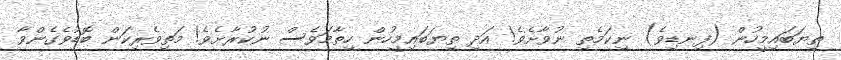
ތިޔަބައިމީހުން (ފިނޑިވެ) ނިކަމެތި ނުވާށެވެ! އަދި ތިޔަބައިމީހުން ހިތާމަވެސް ނުކުރާށެވެ! މަތިވެރިކަން ބޮޑުވެގެންވާ